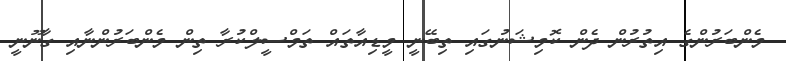
މެންބަރުންގެ އިތުރުން ދެން ކޮމިޝަނުގައި ތިބޭނީ މީޑިއާތައް ތަމްސީލްކުރާ ތިން މެންބަރުންނާއި ގާނޫނީ